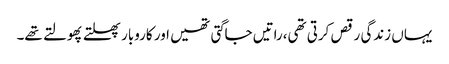
یہاں زندگی رقص کرتی تھی،راتیں جاگتی تھیں اور کاروبار پھلتے پھولتے تھے۔